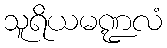
သူရိယမဏ္ဍလံ